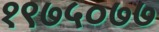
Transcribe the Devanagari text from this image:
१९७५०७७